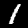
Digit: 1